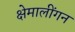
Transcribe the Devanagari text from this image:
क्षेमालींगन